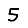
Digit: 5